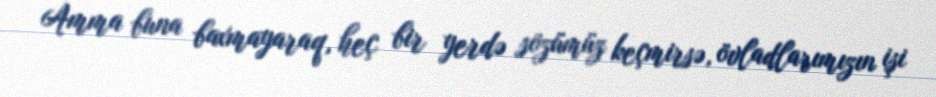
Amma buna baxmayaraq, heç bir yerdə sözümüz keçmirsə, övladlarımızın işi